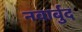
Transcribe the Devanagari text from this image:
नवार्बुद